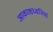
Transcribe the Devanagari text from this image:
आकाशध्वनियां